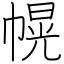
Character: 幌